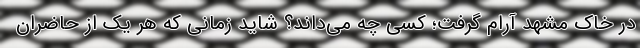
در خاک مشهد آرام گرفت؛ کسی چه می‌داند؟ شاید زمانی که هر یک از حاضران